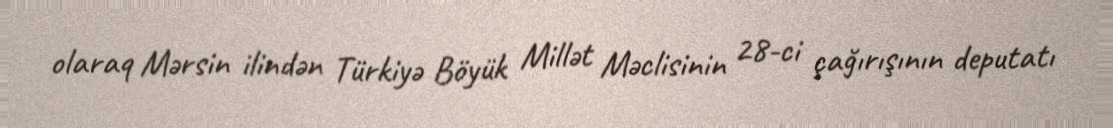
olaraq Mərsin ilindən Türkiyə Böyük Millət Məclisinin 28-ci çağırışının deputatı